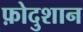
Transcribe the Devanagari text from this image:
फ़ोदुशान